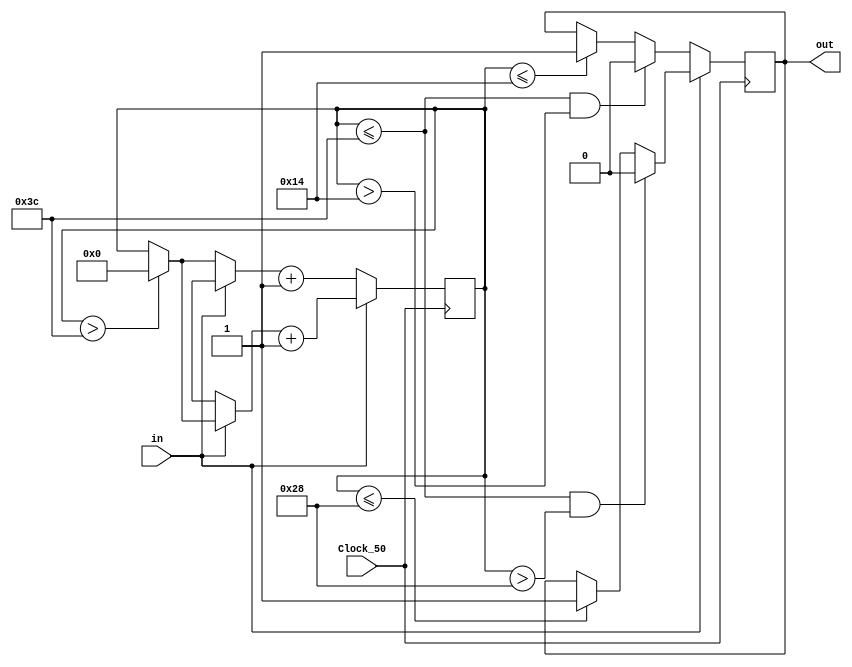

module Sendbit(Clock_50,in,out);
	input Clock_50;
	input in;
	output reg out;
	reg [5:0] counter = 6'h0;
	parameter T1H = 40;
	parameter T1L = 20;
	parameter T0H = 20;
	parameter T0L = 40;
	always@(posedge Clock_50)
	begin
	if(in ==1)begin 
		if(counter<=T1H)
		begin 
		out=1;
		end
		if(counter<=(T1L+T1H)&& counter >T1H)
		begin
		out=0;
		end
		if(counter>(T1L+T1H))
		begin
		counter=0;
		end
		counter=counter+1;
	end

	else
	begin 
			if(counter<=T0H)
		begin 
		out=1;
		end
		if(counter<=(T0L+T0H)&& counter >T0H)
		begin
		out=0;
		end
		if(counter>(T0L+T0H))
		begin
		counter=0;
		end
		counter=counter+1;
	end
	end
endmodule